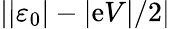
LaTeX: \left\vert\left\vert\varepsilon_{0}\right\vert-\vert\mathrm{e}V\vert/2\right\vert